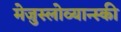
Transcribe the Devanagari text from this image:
मेजुस्लोव्यान्स्की